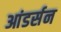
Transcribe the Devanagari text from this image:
आंडर्सन